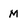
Character: M